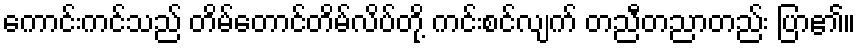
ကောင်းကင်သည် တိမ်တောင်တိမ်လိပ်တို့ ကင်းစင်လျက် တညီတညာတည်း ပြာ၏။